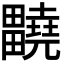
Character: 𤴀